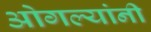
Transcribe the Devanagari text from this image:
ओगल्यांनी